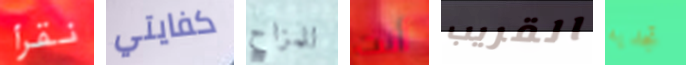
نقرأ كفايتي للمزاح أنت القريب تجديه